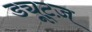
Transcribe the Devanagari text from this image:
ड्यूट्ज़